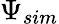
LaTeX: \Psi_{sim}